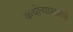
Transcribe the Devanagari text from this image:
कचोऱ्यासारखे